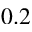
0 . 2